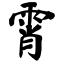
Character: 霄